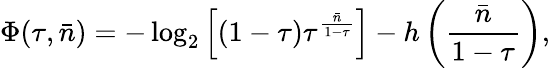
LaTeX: \Phi(\tau,\bar{n})=-\log_{2}\left[(1-\tau)\tau^{\frac{\bar{n}}{1-\tau}}\right]-h\left(\frac{\bar{n}}{1-\tau}\right),